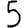
Digit: 5